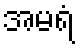
အမရံ